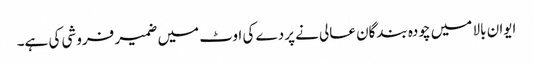
ایوان بالا میں چودہ بندگان عالی نے پردے کی اوٹ میں ضمیر فروشی کی ہے۔